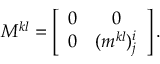
M ^ { k l } = \left[ \begin{array} { c c } { { 0 } } & { { 0 } } \\ { { 0 } } & { { ( m ^ { k l } ) _ { j } ^ { i } } } \end{array} \right] .